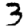
Digit: 3